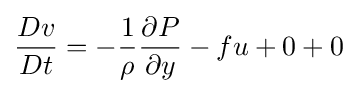
{Dv \over Dt}=-{1 \over \rho }{\partial P \over \partial y}-fu+0+0